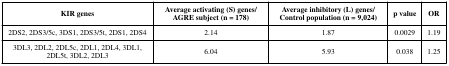
| KIR genes | Average activating (S) genes/AGRE subject (n = 178) | Average inhibitory (L) genes/Control population (n = 9,024) | p value | OR |
 | --- | --- | --- | --- | --- |
 | 2DS2, 2DS3/5c, 3DS1, 2DS3/5t, 2DS1, 2DS4 | 2.14 | 1.87 | 0.0029 | 1.19 |
 | 3DL3, 2DL2, 2DL5c, 2DL1, 2DL4, 3DL1, 2DL5t, 3DL2, 2DL3 | 6.04 | 5.93 | 0.038 | 1.25 |